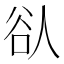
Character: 𫎀